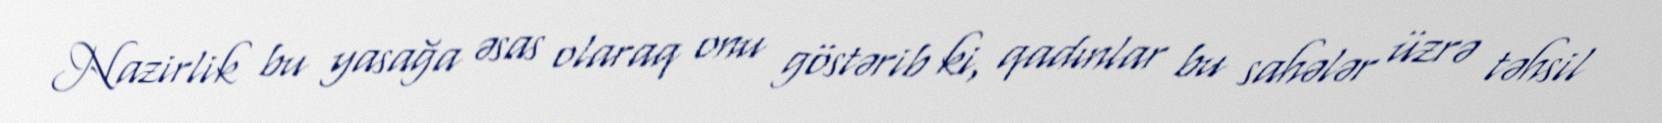
Nazirlik bu yasağa əsas olaraq onu göstərib ki, qadınlar bu sahələr üzrə təhsil